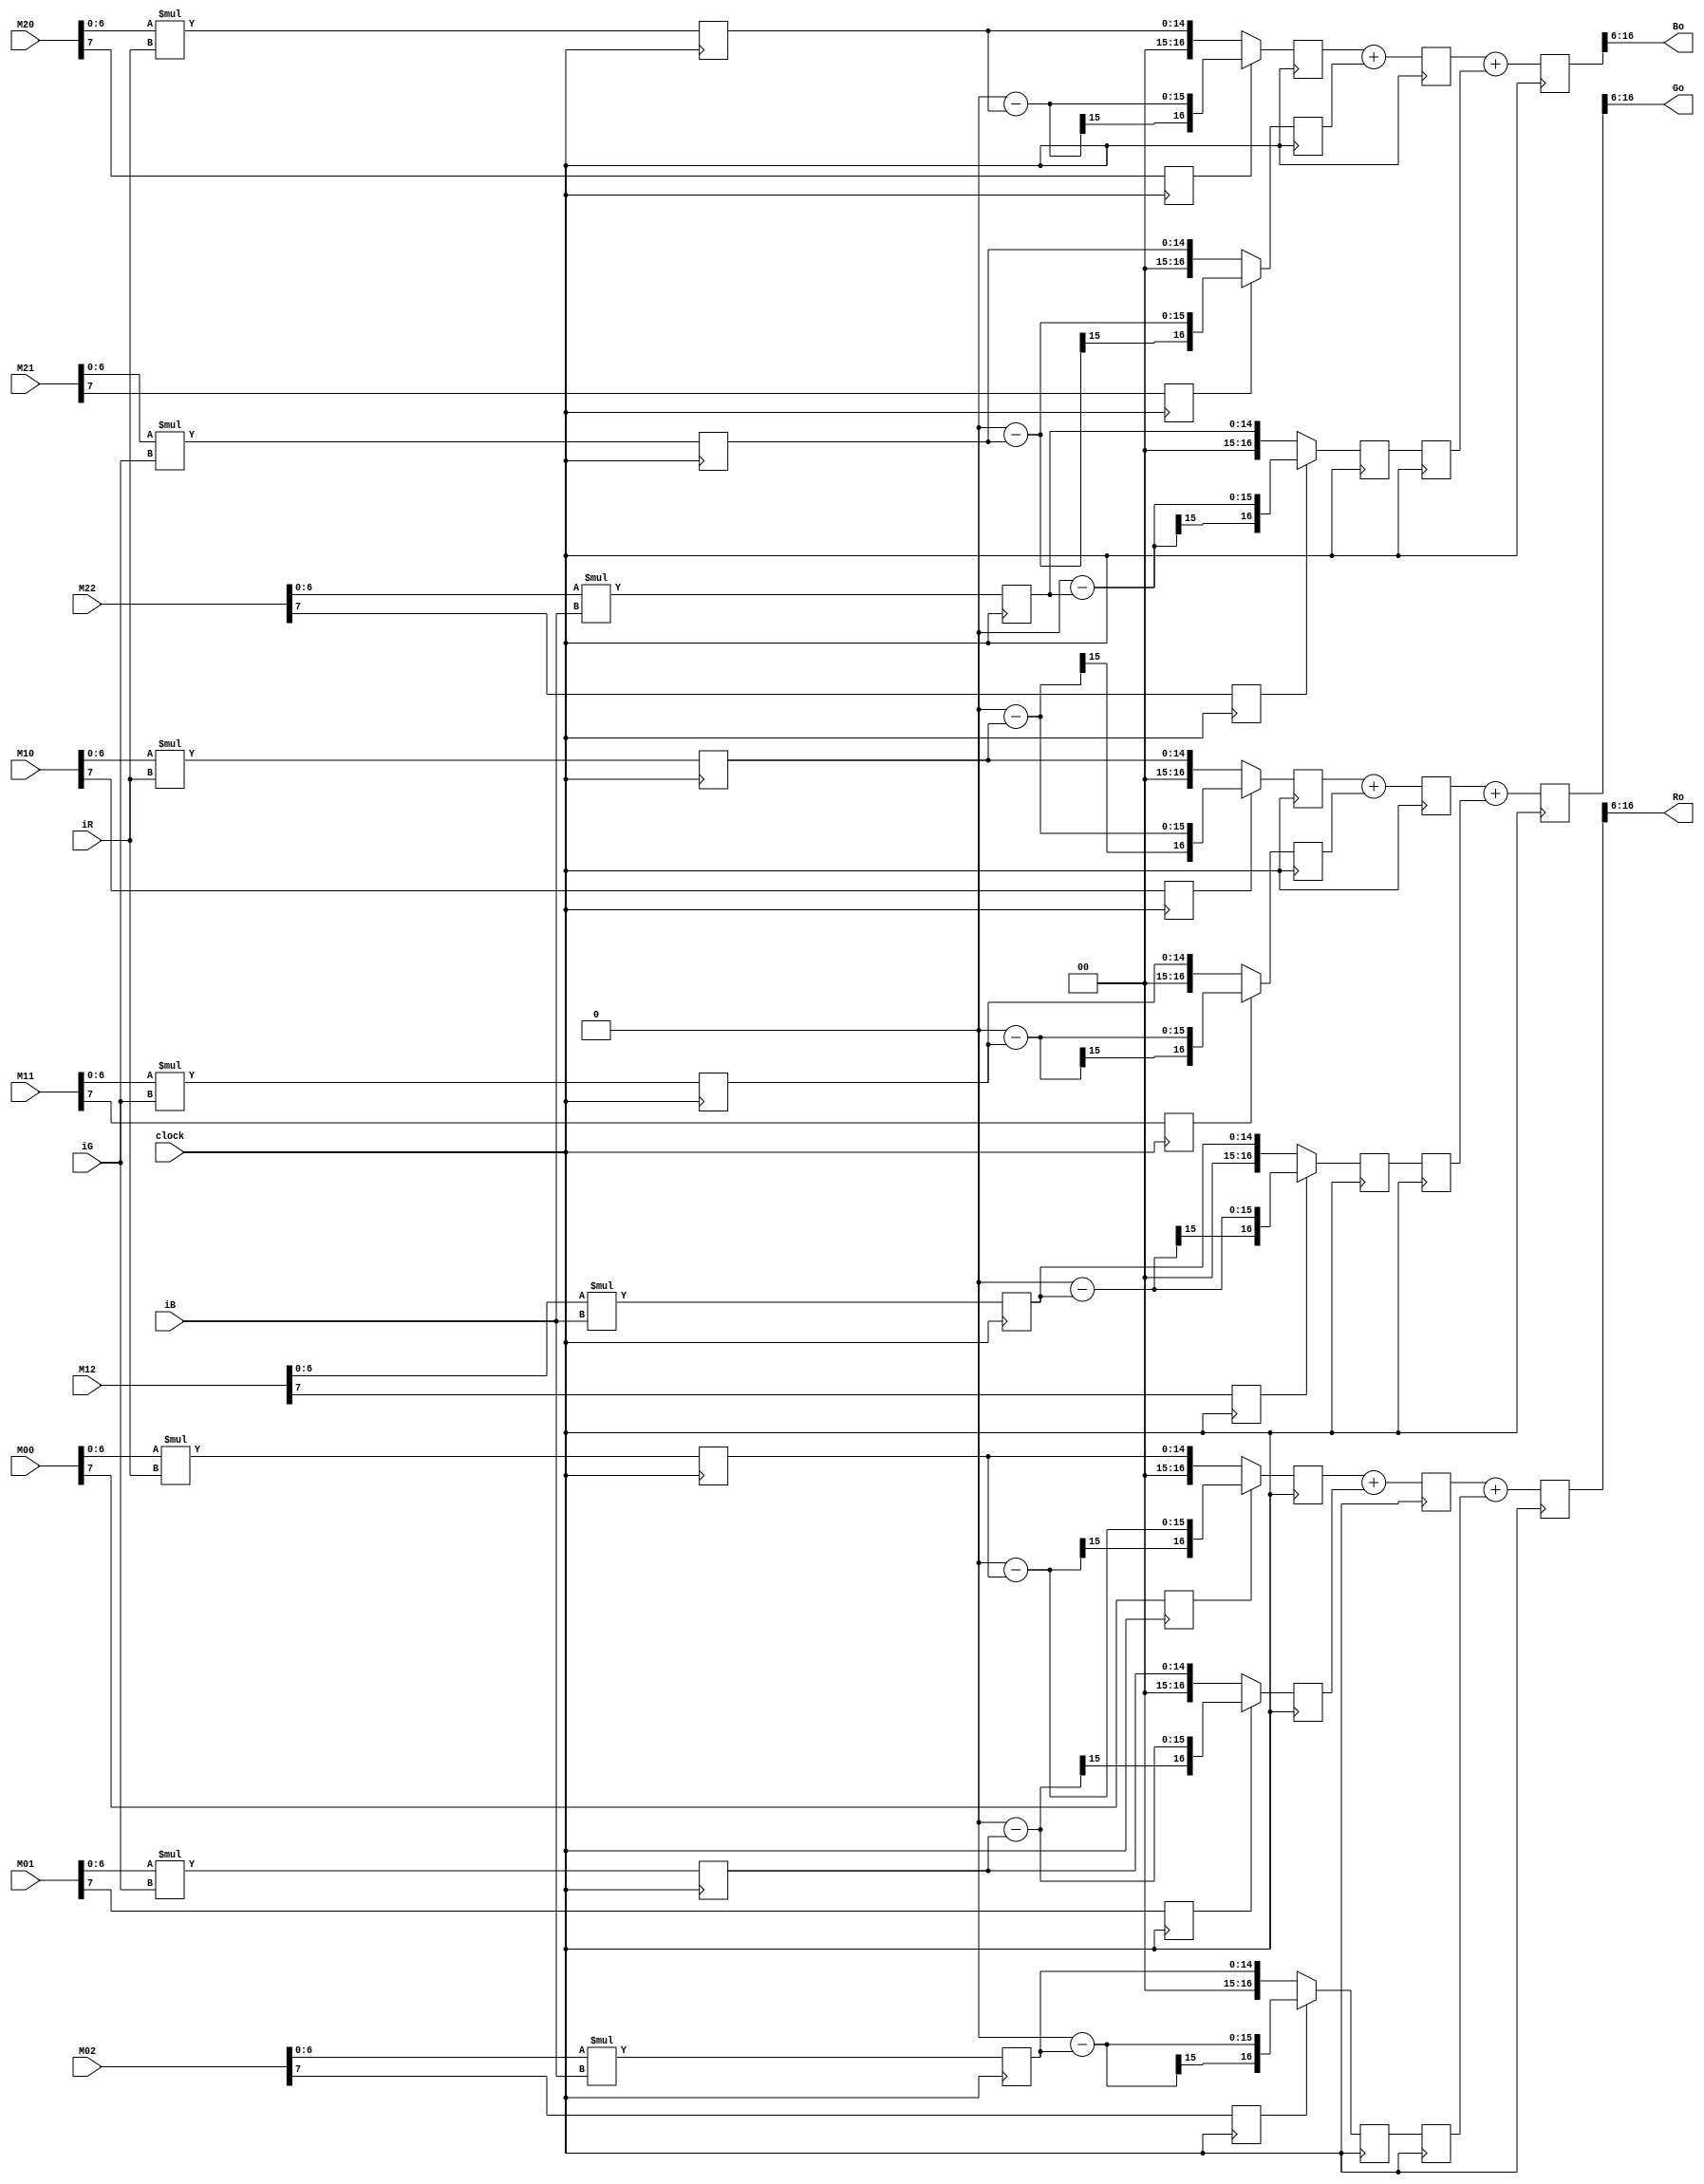
/****************************************
______________                ______________
______________ \  /\  /|\  /| ______________
______________  \/  \/ | \/ | ______________
--Module Name:  matrix_multiper_verb3.v
--Project Name: rgb-lab
--Data modified: 2015-10-09 13:23:48 +0800
--author:Young-
--E-mail: wmy367@Gmail.com
****************************************/
`timescale 1ns/1ps
module matrix_multiper_verb3 #(
	parameter DSIZE	= 8			,
	parameter MSIZE	= 8       	,
	parameter NSIZE = 1
)(
	input				clock	,
	input [DSIZE-1:0]	iR      ,
	input [DSIZE-1:0]	iG      ,
	input [DSIZE-1:0]	iB      ,

	input [MSIZE-1:0]	M00  	,
	input [MSIZE-1:0]	M01     ,
	input [MSIZE-1:0]	M02     ,
	input [MSIZE-1:0]	M10     ,
	input [MSIZE-1:0]	M11     ,
	input [MSIZE-1:0]	M12     ,
	input [MSIZE-1:0]	M20     ,
	input [MSIZE-1:0]	M21     ,
	input [MSIZE-1:0]	M22     ,
	
	output[DSIZE+NSIZE+1:0]	Ro 		,    //sign+(D>1)+(I<1)
	output[DSIZE+NSIZE+1:0]	Go      ,
	output[DSIZE+NSIZE+1:0]	Bo
);
wire[MSIZE-2:0]		MM00	;
wire[MSIZE-2:0]		MM01    ;
wire[MSIZE-2:0]		MM02    ;
wire[MSIZE-2:0]		MM10    ;
wire[MSIZE-2:0]		MM11    ;
wire[MSIZE-2:0]		MM12    ;
wire[MSIZE-2:0]		MM20    ;
wire[MSIZE-2:0]		MM21    ;
wire[MSIZE-2:0]		MM22    ;

wire				SM00	; 
wire				SM01    ; 
wire				SM02    ; 
wire				SM10    ; 
wire				SM11    ; 
wire				SM12    ; 
wire				SM20    ; 
wire				SM21    ; 
wire				SM22    ;

assign		MM00	=  M00[MSIZE-2:0];	
assign		MM01    =  M01[MSIZE-2:0];
assign		MM02    =  M02[MSIZE-2:0];
assign		MM10    =  M10[MSIZE-2:0];
assign		MM11    =  M11[MSIZE-2:0];
assign		MM12    =  M12[MSIZE-2:0];
assign		MM20    =  M20[MSIZE-2:0];
assign		MM21    =  M21[MSIZE-2:0];
assign		MM22    =  M22[MSIZE-2:0];
 
assign		SM00	=  M00[MSIZE-1];
assign		SM01    =  M01[MSIZE-1];
assign		SM02    =  M02[MSIZE-1];
assign		SM10    =  M10[MSIZE-1];
assign		SM11    =  M11[MSIZE-1];
assign		SM12    =  M12[MSIZE-1];
assign		SM20    =  M20[MSIZE-1];
assign		SM21    =  M21[MSIZE-1];
assign		SM22    =  M22[MSIZE-1];

reg[DSIZE+MSIZE-2:0]		PMM00		;
reg[DSIZE+MSIZE-2:0]		PMM01    	;
reg[DSIZE+MSIZE-2:0]		PMM02    	;
reg[DSIZE+MSIZE-2:0]		PMM10    	;
reg[DSIZE+MSIZE-2:0]		PMM11    	;
reg[DSIZE+MSIZE-2:0]		PMM12    	;
reg[DSIZE+MSIZE-2:0]		PMM20    	;
reg[DSIZE+MSIZE-2:0]		PMM21    	;
reg[DSIZE+MSIZE-2:0]		PMM22    	;

reg							PSM00		;
reg							PSM01    	;
reg							PSM02    	;
reg							PSM10    	;
reg							PSM11    	;
reg							PSM12    	;
reg							PSM20    	;
reg							PSM21    	;
reg							PSM22    	;

  

always@(posedge clock)begin
	PMM00	<= MM00	 * iR	 ;
	PMM01	<= MM01  * iG    ;
	PMM02	<= MM02  * iB    ;
	PMM10	<= MM10  * iR    ;
	PMM11	<= MM11  * iG    ;
	PMM12	<= MM12  * iB    ;
	PMM20	<= MM20  * iR    ;
	PMM21	<= MM21  * iG    ;
	PMM22	<= MM22  * iB    ;
end

always@(posedge clock)begin
	PSM00	<= SM00	;
    PSM01	<= SM01 ;
    PSM02	<= SM02 ;
    PSM10	<= SM10 ;
    PSM11	<= SM11 ;
    PSM12	<= SM12 ;
    PSM20	<= SM20 ;
    PSM21	<= SM21 ;
    PSM22	<= SM22 ;
end

reg	[DSIZE+MSIZE-0:0]	BMM00		;
reg	[DSIZE+MSIZE-0:0]	BMM01       ;
reg	[DSIZE+MSIZE-0:0]	BMM02       ;
reg	[DSIZE+MSIZE-0:0]	BMM10       ;
reg	[DSIZE+MSIZE-0:0]	BMM11       ;
reg	[DSIZE+MSIZE-0:0]	BMM12       ;
reg	[DSIZE+MSIZE-0:0]	BMM20       ;
reg	[DSIZE+MSIZE-0:0]	BMM21       ;
reg	[DSIZE+MSIZE-0:0]	BMM22       ;

always@(posedge clock)begin
	BMM00	<= PSM00? (1<<(DSIZE+MSIZE+1)) - PMM00 : PMM00	; 
    BMM01	<= PSM01? (1<<(DSIZE+MSIZE+1)) - PMM01 : PMM01	;
    BMM02	<= PSM02? (1<<(DSIZE+MSIZE+1)) - PMM02 : PMM02	;
    BMM10	<= PSM10? (1<<(DSIZE+MSIZE+1)) - PMM10 : PMM10	;
    BMM11	<= PSM11? (1<<(DSIZE+MSIZE+1)) - PMM11 : PMM11	;
    BMM12	<= PSM12? (1<<(DSIZE+MSIZE+1)) - PMM12 : PMM12	;
    BMM20	<= PSM20? (1<<(DSIZE+MSIZE+1)) - PMM20 : PMM20	;
    BMM21	<= PSM21? (1<<(DSIZE+MSIZE+1)) - PMM21 : PMM21	;
    BMM22	<= PSM22? (1<<(DSIZE+MSIZE+1)) - PMM22 : PMM22	;
end

reg	[DSIZE+MSIZE-0:0]	ADD_00_01		;
reg	[DSIZE+MSIZE-0:0]	ADD_02       ;
reg	[DSIZE+MSIZE-0:0]	ADD_10_11       ;
reg	[DSIZE+MSIZE-0:0]	ADD_12       ;
reg	[DSIZE+MSIZE-0:0]	ADD_20_21       ;
reg	[DSIZE+MSIZE-0:0]	ADD_22       ;  

always@(posedge clock)begin
	ADD_00_01	<= BMM00 + BMM01	;
	ADD_10_11	<= BMM10 + BMM11	;
	ADD_20_21	<= BMM20 + BMM21	; 
end

always@(posedge clock)begin
	ADD_02		<= BMM02;
	ADD_12		<= BMM12;
	ADD_22		<= BMM22;
end

reg	[DSIZE+MSIZE-0:0]	ADD_00_01_02;
reg	[DSIZE+MSIZE-0:0]	ADD_10_11_12;
reg	[DSIZE+MSIZE-0:0]	ADD_20_21_22; 

always@(posedge clock)begin
	ADD_00_01_02	<=	ADD_00_01 + ADD_02	;
    ADD_10_11_12	<=	ADD_10_11 + ADD_12	;
    ADD_20_21_22	<=	ADD_20_21 + ADD_22	;
end

assign	Ro	= ADD_00_01_02[DSIZE+MSIZE-0-:(DSIZE+1+NSIZE+1)]	;	
assign	Go	= ADD_10_11_12[DSIZE+MSIZE-0-:(DSIZE+1+NSIZE+1)]	;
assign	Bo	= ADD_20_21_22[DSIZE+MSIZE-0-:(DSIZE+1+NSIZE+1)]	;

endmodule